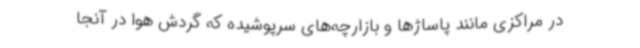
در مراکزی مانند پاساژها و بازارچه‌های سرپوشیده که گردش هوا در آنجا